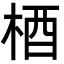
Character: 梄